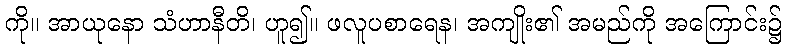
ကို။ အာယုနော သံဟာနီတိ၊ ဟူ၍။ ဖလူပစာရေန၊ အကျိုး၏ အမည်ကို အကြောင်း၌